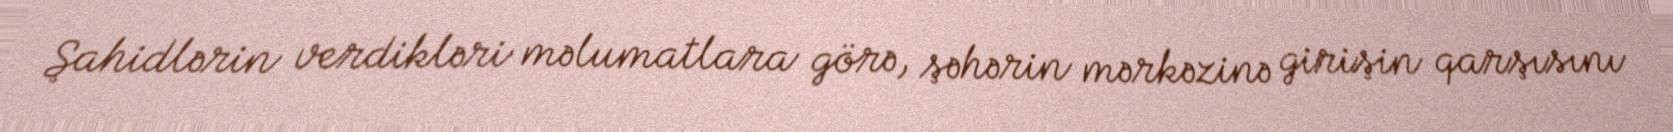
Şahidlərin verdikləri məlumatlara görə, şəhərin mərkəzinə girişin qarşısını